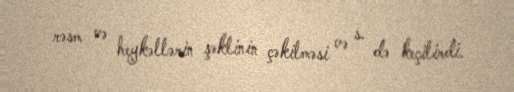
rəsm və heykəllərin şəklinin çəkilməsi və s. də keçilirdi.